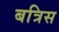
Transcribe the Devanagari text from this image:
बत्रिस